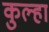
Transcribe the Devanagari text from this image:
कुल्हा